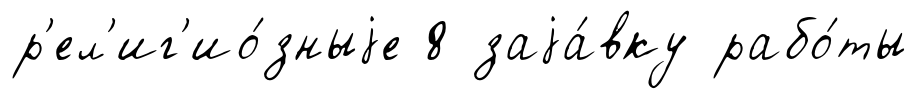
р'ел'иг'ио́зныjе 8 заjа́вку рабо́ты